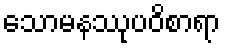
သောမနဿုပဝိစာရာ